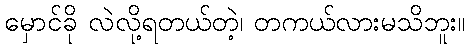
မှောင်ခို လဲလို့ရတယ်တဲ့၊ တကယ်လားမသိဘူး။